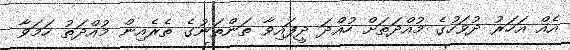
އެއް އަހަރު ދުވަހުގެ މުއްދަތަށް ހުއްދަ ދީފައިވާ ތަންތަނުގެ ތެރެއިން މުއްދަތު ހަމަވާ